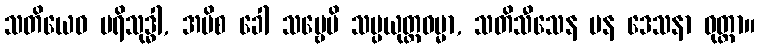
သတိယေဝ ပရိသုဒ္ဓါ, အပိစ ခေါ သဗ္ဗေပိ သမ္ပယုတ္တဓမ္မာ, သတိသီသေန ပန ဒေသနာ ဝုတ္တာ။